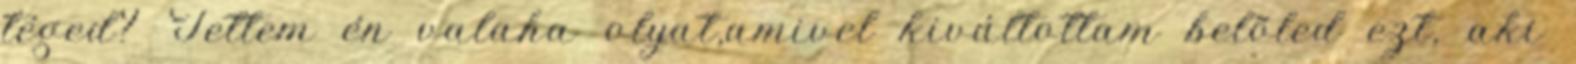
téged? Tettem én valaha olyat,amivel kiváltottam belõled ezt, aki